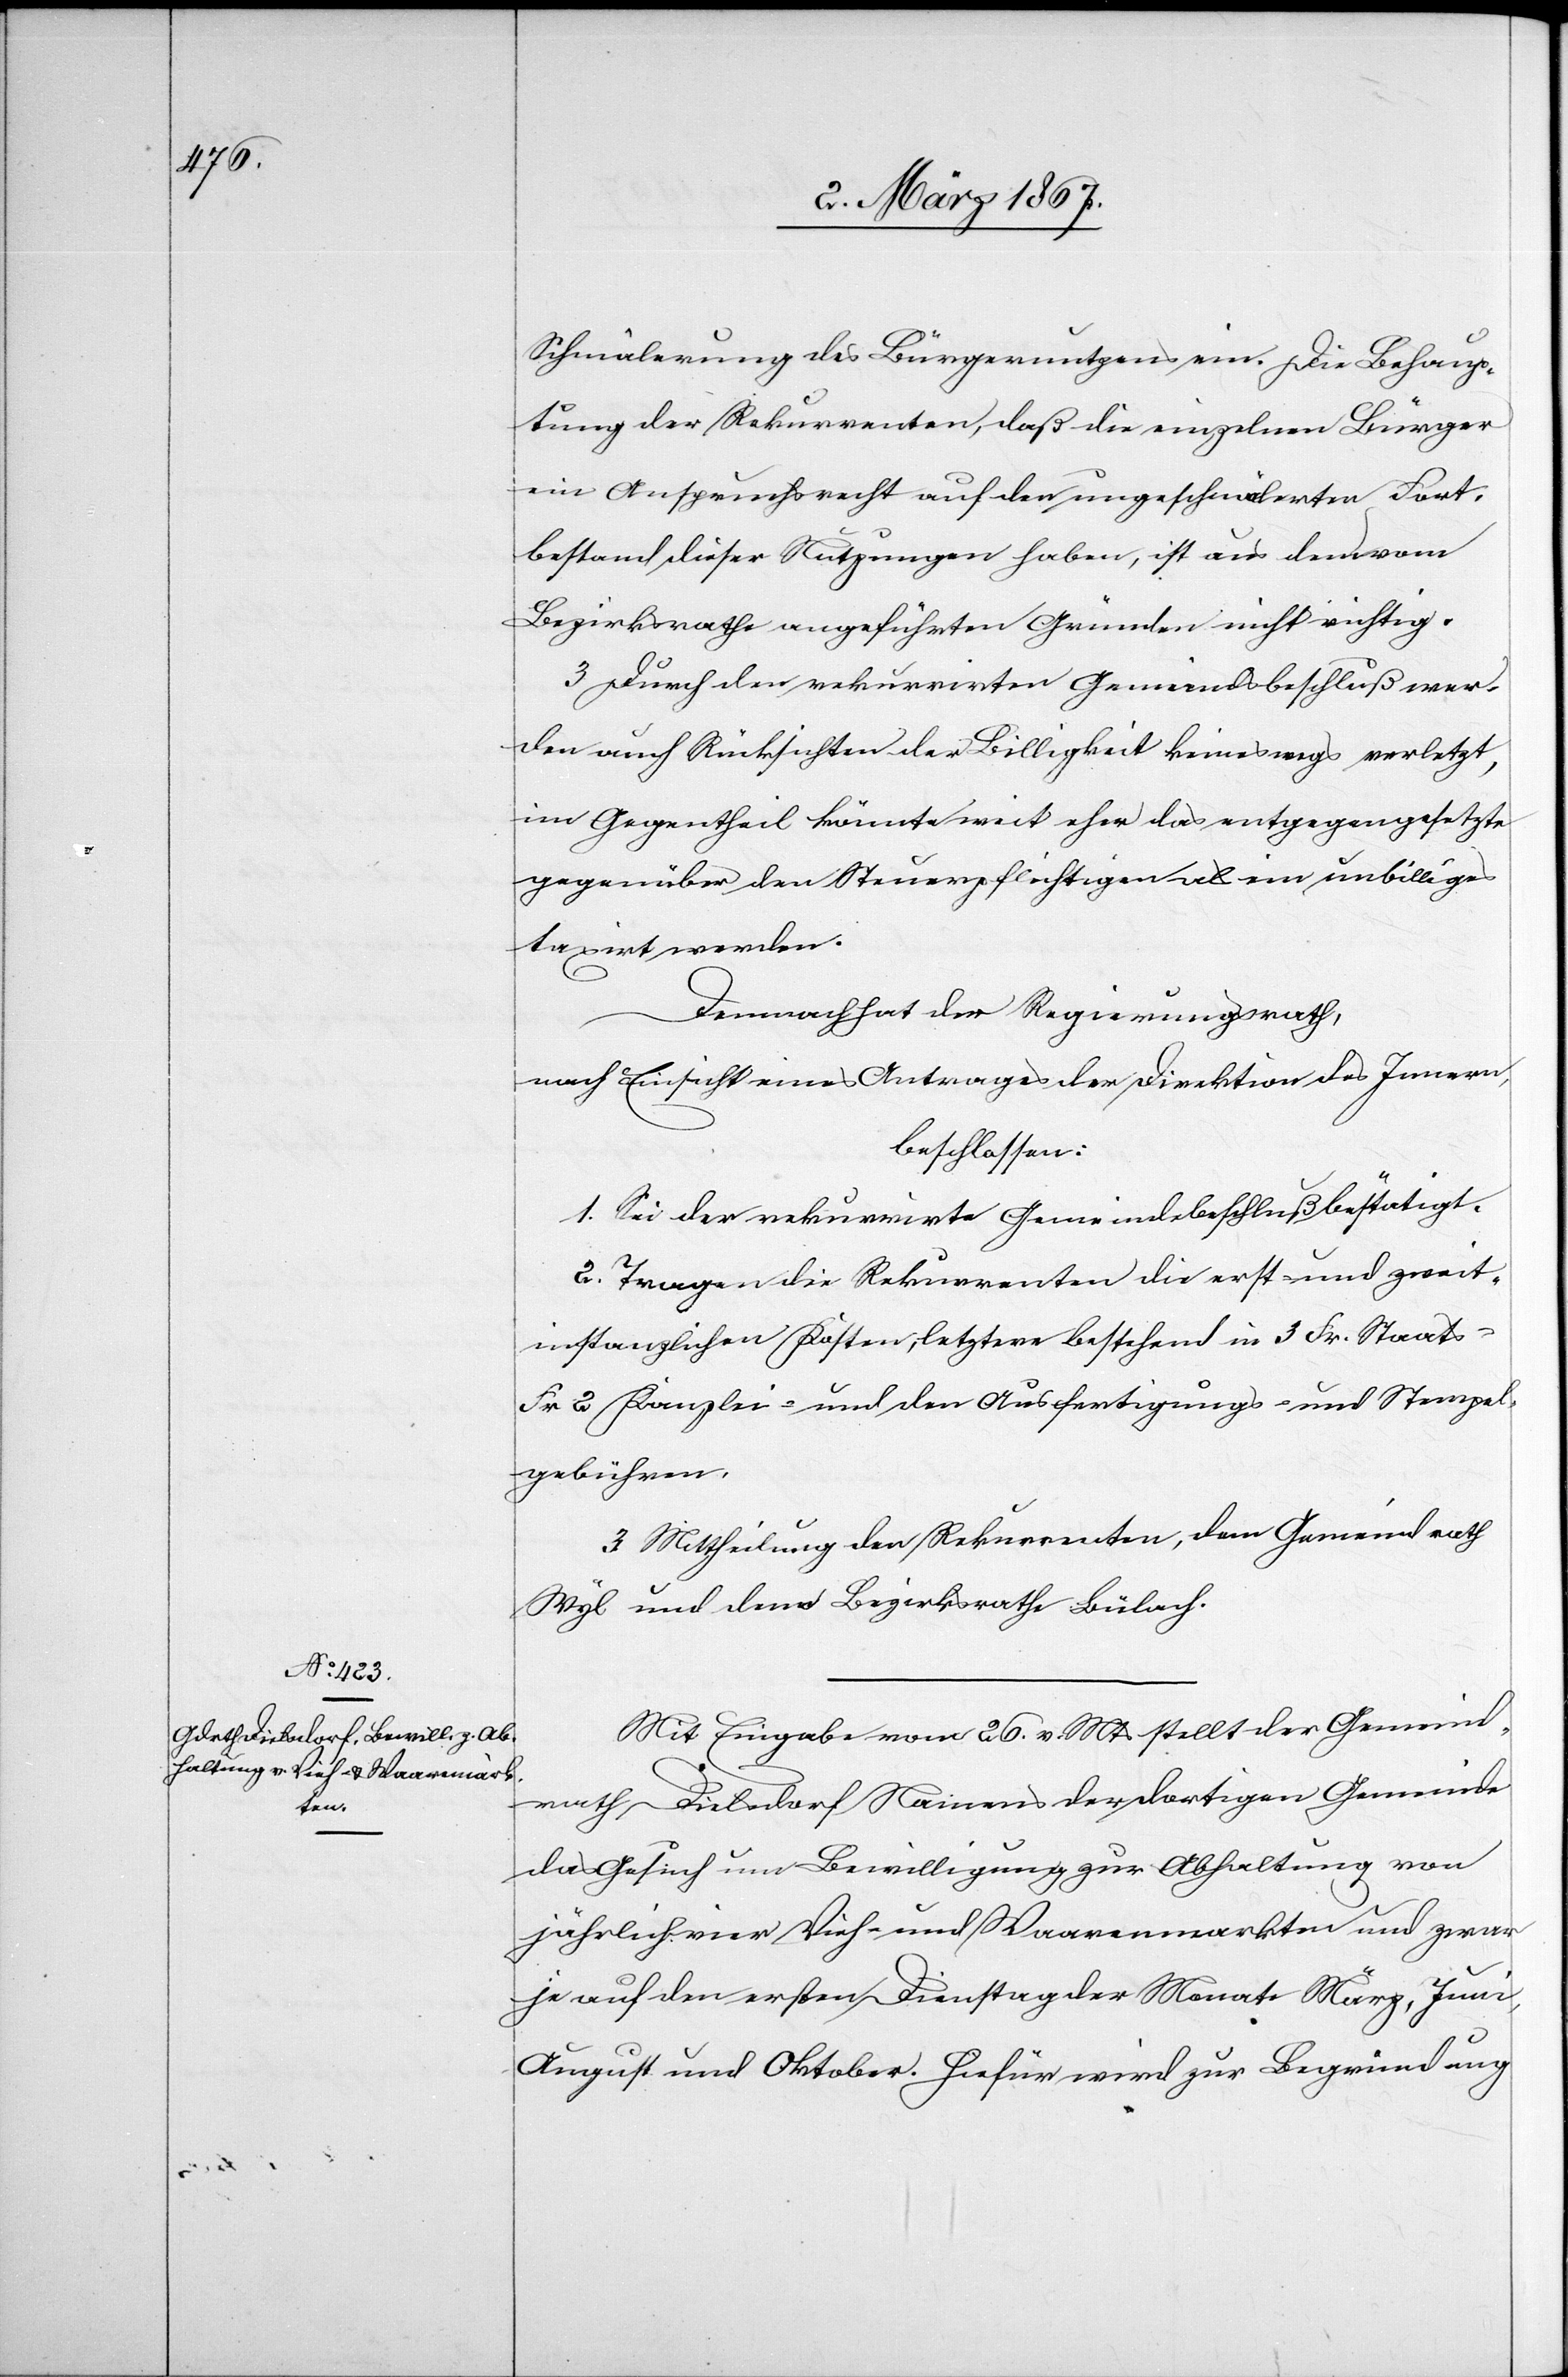
Schmälerung des Bürgernutzens ein. Die Behaup¬
tung der Rekurrenten, daß die einzelnen Bürger
ein Anspruchsrecht auf den ungeschmälerten Fort¬
bestand dieser Nutzungen haben, ist aus den vom
Bezirksrathe angeführten Gründen nicht richtig.
3. Durch den rekurrirten Gemeindsbeschluß wer¬
den auch Rücksichten der Billigkeit keineswegs verletzt,
im Gegentheil könnte weit eher das entgegengesetzte
gegenüber den Steuerpflichtigen als ein unbilliges
taxirt werden.
Demnach hat der Regierungsrath,
nach Einsicht eines Antrages der Direktion des Innern,
beschlossen:
1. Sei der rekurrirte Gemeindebeschluß bestätigt.
2. Tragen die Rekurrenten die erst- und zweit¬
instanzlichen Kosten, letztere bestehend in 3 Fr. Staats-[,]
Fr 2 Kanzlei- und den Ausfertigungs- und Stempel¬
gebühren.
3. Mittheilung den Rekurrenten, dem Gemeindrath
Wyl und dem Bezirksrathe Bülach.
Mit Eingabe vom 26. v. Mts stellt der Gemeind¬
rath Dielsdorf Namens der dortigen Gemeinde
das Gesuch um Bewilligung zur Abhaltung von
jährlich vier Vieh- und Waarenmarkten [sic!] und zwar
je auf den ersten Dienstag der Monate März, Juni,
August und Oktober. Hiefür wird zur Begründung